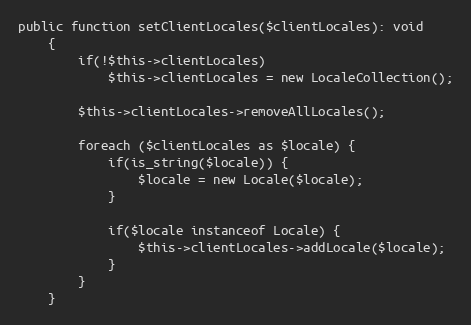
Language: PHP
public function setClientLocales($clientLocales): void
    {
        if(!$this->clientLocales)
            $this->clientLocales = new LocaleCollection();

        $this->clientLocales->removeAllLocales();

        foreach ($clientLocales as $locale) {
            if(is_string($locale)) {
                $locale = new Locale($locale);
            }

            if($locale instanceof Locale) {
                $this->clientLocales->addLocale($locale);
            }
        }
    }